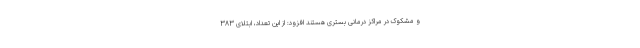
و مشکوک در مراکز درمانی بستری هستند افزود: از این تعداد، ابتلای ۳۸۳